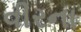
વીરના